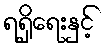
ရရှိရေးနှင့်